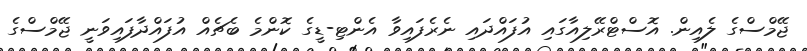
ޖޭމްސްގެ ލެއިން. އޮސްޓްރޭލިއާގައި އުފައްދައި ނެރެފައިވާ އެންޓި-ޑީގެ ކޮންމެ ބެޗެއް އުފައްދާފައިވަނީ ޖޭމްސްގެ